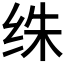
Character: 𰬏